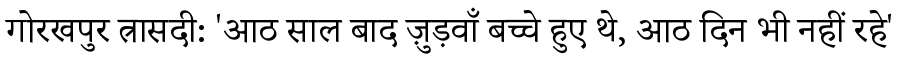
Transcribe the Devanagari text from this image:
गोरखपुर त्रासदी: 'आठ साल बाद ज़ुड़वाँ बच्चे हुए थे, आठ दिन भी नहीं रहे'